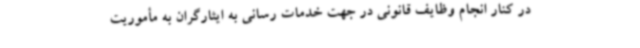
در کنار انجام وظایف قانونی در جهت خدمات رسانی به ایثارگران به مأموریت